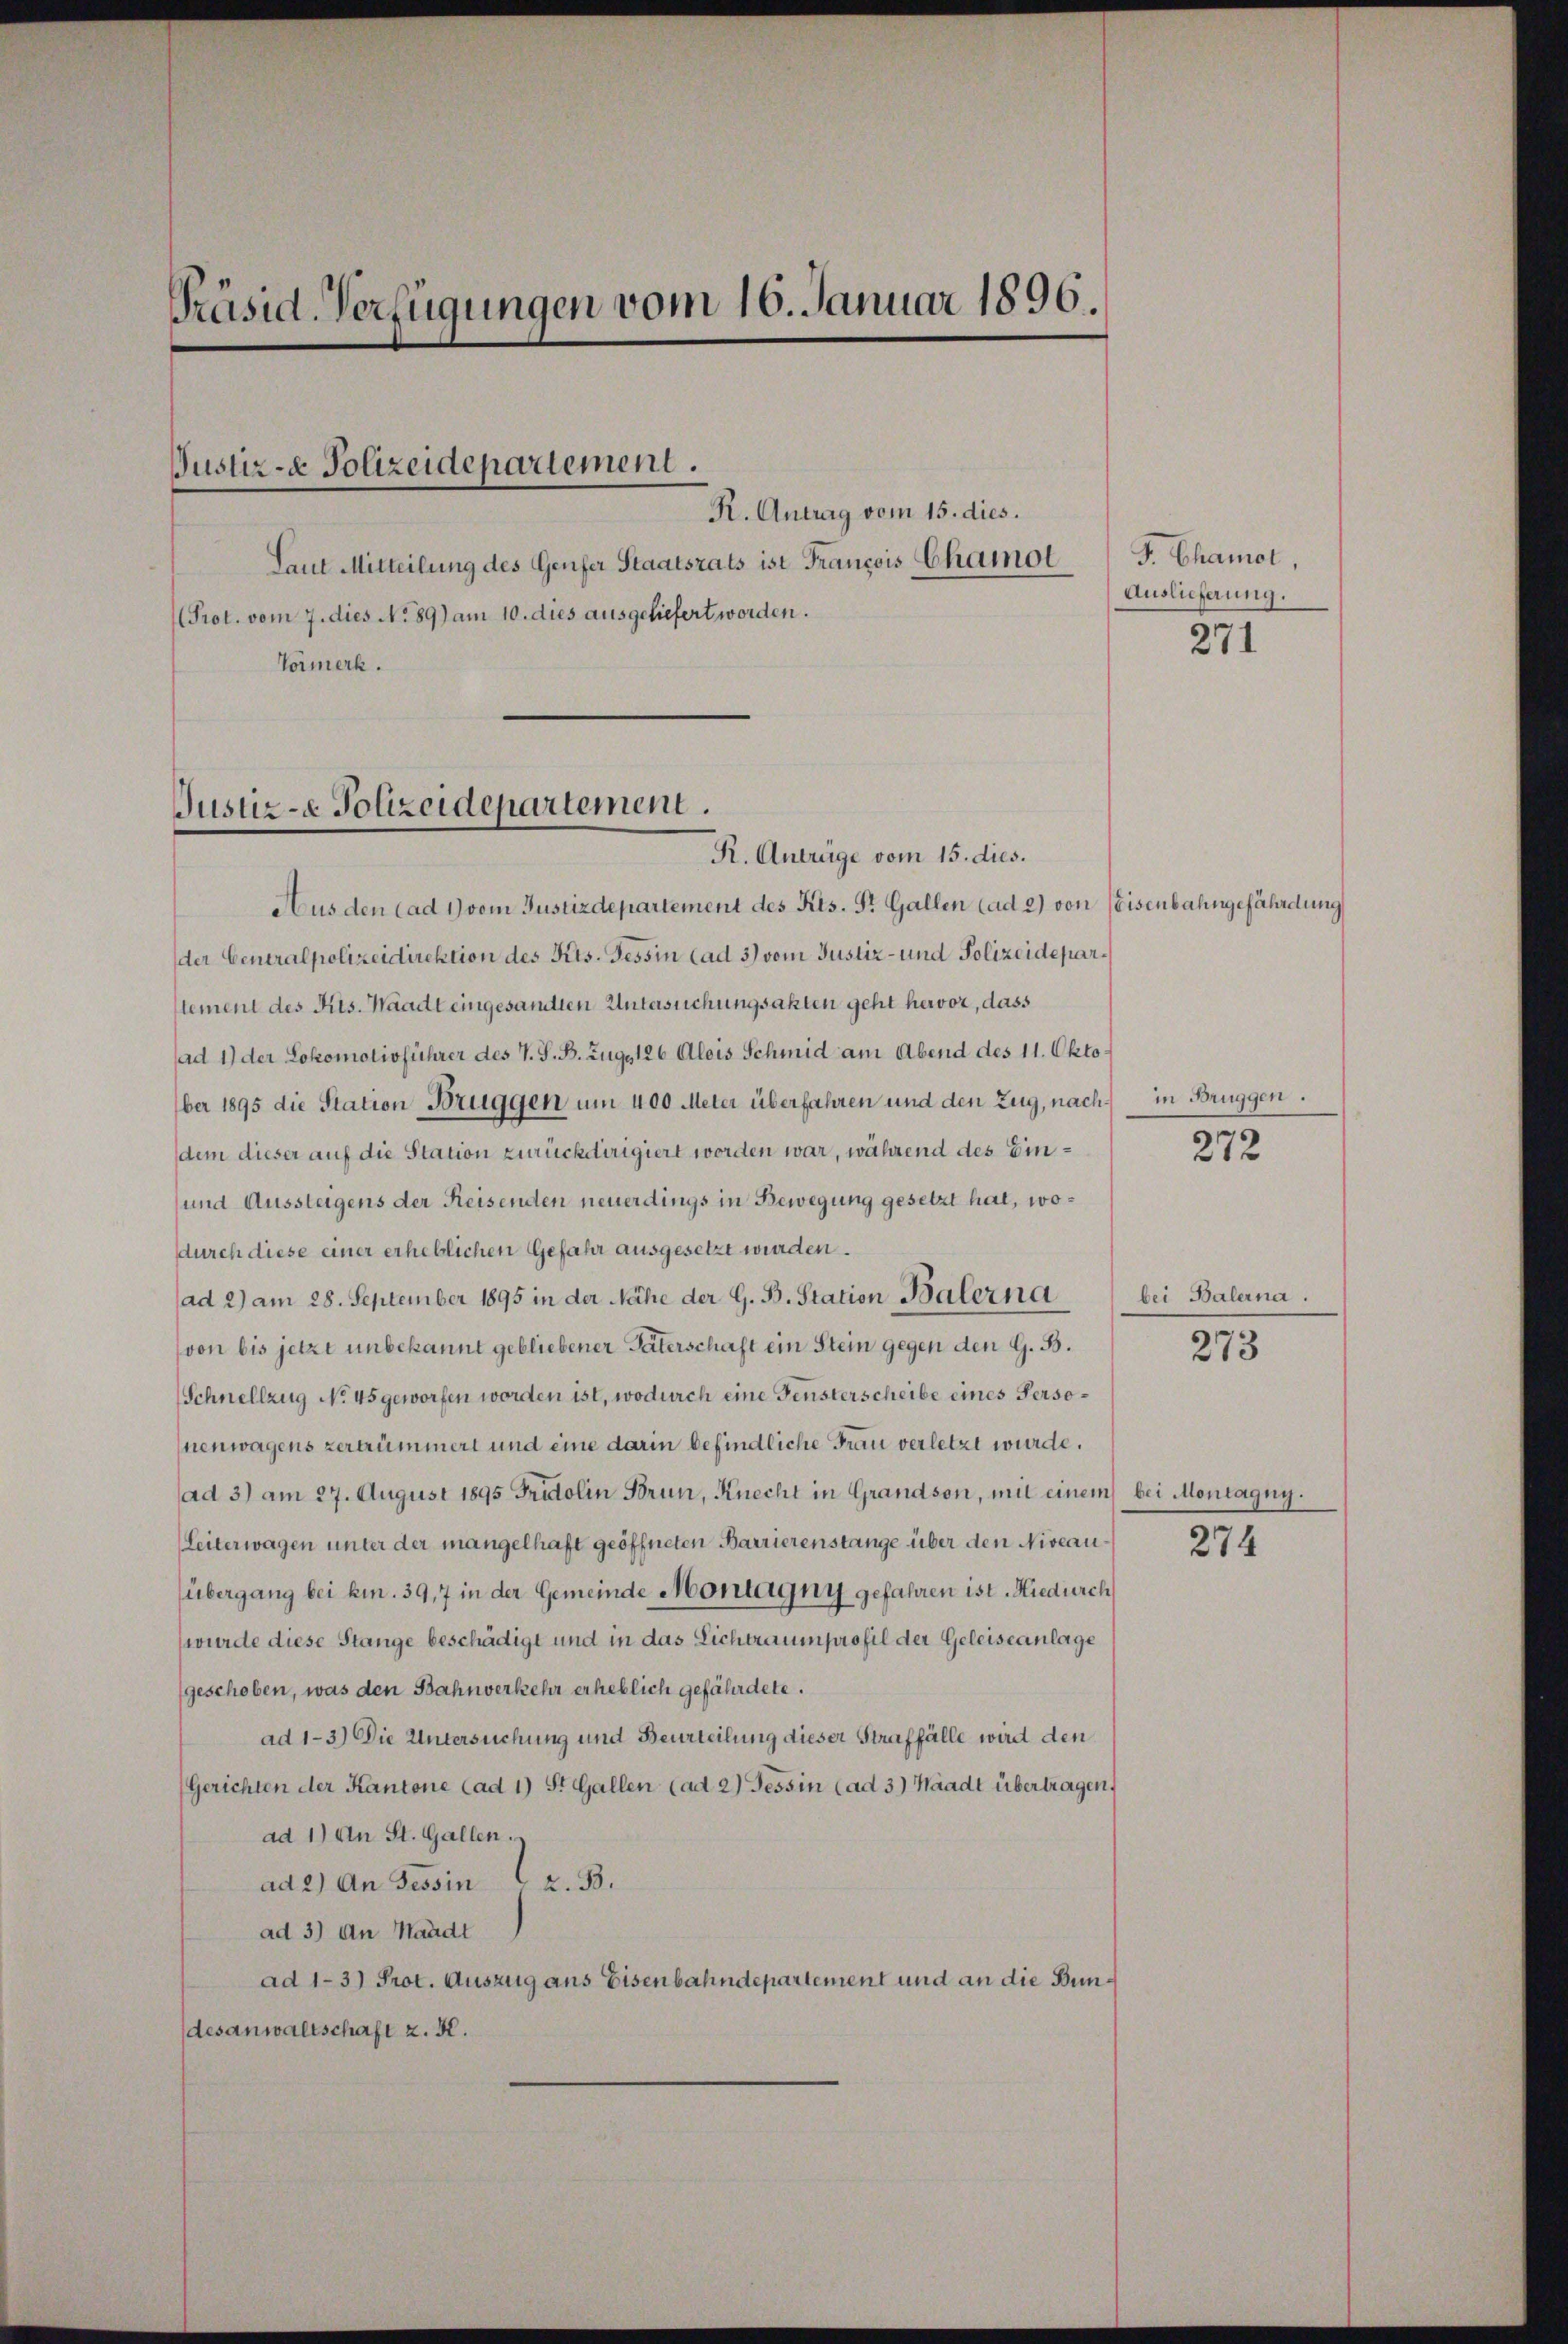
Präsid-Verfügungen vom 16. Januar 1896.

Prot. vom 7. dies No 89) am 10. dies ausgeliefert worden.
Vormerk.

Justiz- & Polizeidepartement.

Justiz- & Polizeidepartement.

R. Antrag vom 15. dies.
Laut Mitteilung des Genfer Staatsrats ist François Chamot

R. Anträge vom 15. dies.
Aus den (ad 1) vom Justizdepartement des Kts. St. Gallen (ad 2) von Eisenbahngefährdung
der Generalpolizeidirektion des Kts. Tessin (ad 3) vom Justiz- und Polizeideparlement des Kts. Waadt eingesamten Untersuchungsakten geht hervor, dass
ad 1) der Lokomotivführer des V. S. B. Zug. 126 Alois Schmid am Abend des 11. Oktober 1895 die Station Bruggen um 400 Meter überfahren und den Zug, nachdem dieser auf die Station zurückdirigiert worden war, während des Ein¬
und Aussteigens der Reisenden neuerdings in Bewegung gesetzt hat, wodurch diese einer erheblichen Gefahr ausgesetzt wurden.
ad 2) am 28. September 1895 in der Nähe der G. B. Station Balerna
(von bis jetzt unbekannt gebliebener Paterschaft ein Stein gegen den G. B.
Schnellzug No. 45 geworfen worden ist, wodurch eine Fensterscheibe eines Personenwagens zertrümmert und eine darin befindliche Frau verletzt würde.
ad 3) am 27. August 1895 Fridolin Brun, Knecht in Grandson, mit einem
eiterwagen unter der mangelhaft geöffneten Barrierenstange über den Niveauübergang bei bin. 39,7 in der Gemeinde Montagny gefahren ist. Hiedurch
wurde diese Stange beschädigt und in das Lichtraumprofil der Geleiseanlage
geschoben, was den Bahnverkehr erheblich gefährdete.
ad 1-3.) Die Untersuchung und Beurteilung dieser Straffälle wird den
Gerichten der Kantone (ad 1) St. Gallen (ad 2) Tessin (ad 3.) Waadt übertragen,
ad 1) An St. Gallen.
ad 2.) An Tessin z. B.
ad 3) An Handt
ad 1-3) Prot. Auszug aus Eisenbahndepartement und an die Bundesanwaltschaft z. K.

J. Chamol,
Auslieferung.

271

in Brüggen.

272

bei Balerna.

273

bei Montagny.

274